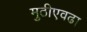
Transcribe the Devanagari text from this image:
मुठीएवढा